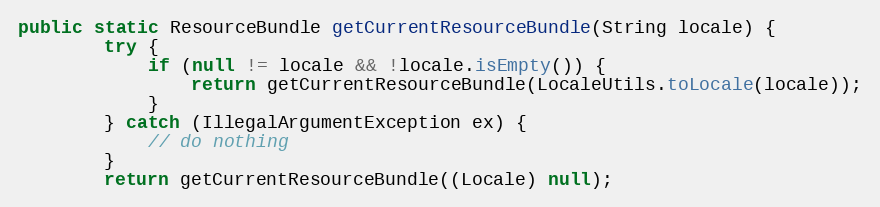
Language: Java
public static ResourceBundle getCurrentResourceBundle(String locale) {
		try {
			if (null != locale && !locale.isEmpty()) {
				return getCurrentResourceBundle(LocaleUtils.toLocale(locale));
			}
		} catch (IllegalArgumentException ex) {
			// do nothing
		}
		return getCurrentResourceBundle((Locale) null);